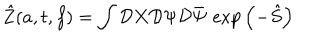
\hat { Z } ( a , t , f ) = \int { \cal D } X { \cal D } \Psi { \cal D } \bar { \Psi } \, \exp { \left( - \hat { S } \right) }